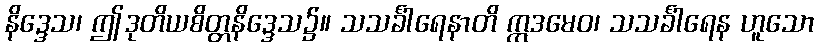
နိဒ္ဒေသ၊ ဤဒုတိယစိတ္တနိဒ္ဒေသ၌။ သသင်္ခါရေနာတိ ဣဒမေဝ၊ သသင်္ခါရေန ဟူသော